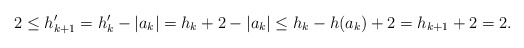
\begin{align*}2 \leq h_{k+1}^\prime &= h_k^\prime - |a_k| = h_k +2 - |a_k|\leq h_k - h(a_k) + 2 = h_{k+1} + 2 = 2.\end{align*}